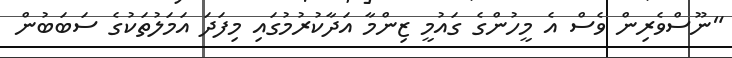
"ނޫސްވެރިން ވެސް އެ މީހުންގެ ގައުމީ ޒިންމާ އަދާކުރުމުގައި މިފަދަ އަމަލުތަކުގެ ސަބަބުން